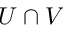
U \cap V